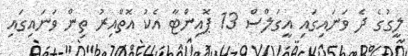
ލީގުގެ ދެ ވަނައިގައި އީގަލްސް 13 ޕޮއިންޓާ އެކު އޮތްއިރު ތިން ވަނައިގައި